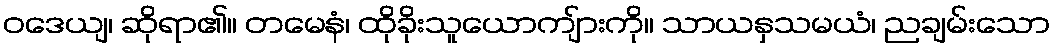
ဝဒေယျ၊ ဆိုရာ၏။ တမေနံ၊ ထိုခိုးသူယောကျ်ားကို။ သာယနှသမယံ၊ ညချမ်းသော